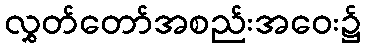
လွှတ်တော်အစည်းအဝေး၌